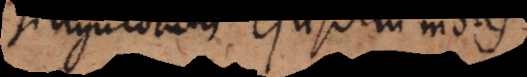
singulorum ejusdem molis.